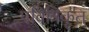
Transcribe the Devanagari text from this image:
पवित्रिकृत